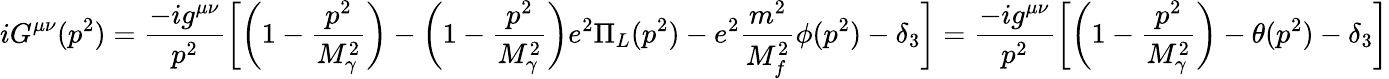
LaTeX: iG^{\mu\nu}(p^{2})=\frac{-ig^{\mu\nu}}{p^{2}}\biggl[\biggl(1-\frac{p^{2}}{M_{\gamma}^{2}}\biggr)-\biggl(1-\frac{p^{2}}{M_{\gamma}^{2}}\biggr)e^{2}\Pi_{L}(p^{2})-e^{2}\frac{m^{2}}{M_{f}^{2}}\phi(p^{2})-\delta_{3}\biggr]=\frac{-ig^{\mu\nu}}{p^{2}}\biggl[\biggl(1-\frac{p^{2}}{M_{\gamma}^{2}}\biggr)-\theta(p^{2})-\delta_{3}\biggr]